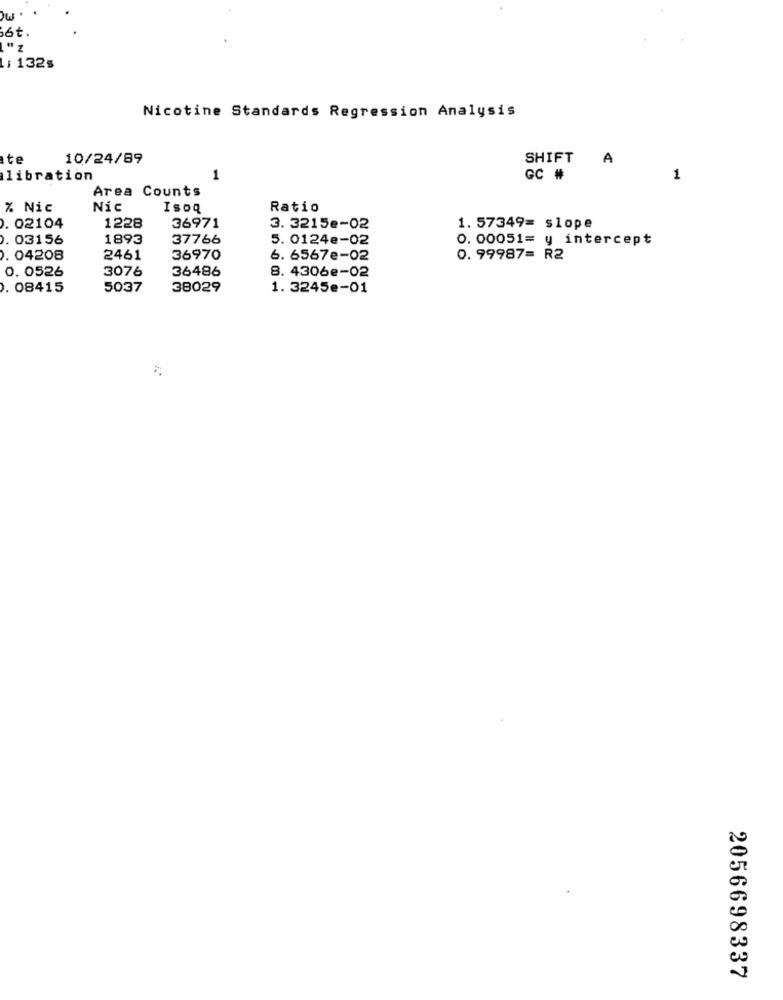
w .
16t.
L: 132s
Nicotine Standards Regression Analysis
te
10/24/89
SHIFT
A
libration
1
GC #
1
Area Counts
% Nic
Nic
Isoq
Ratio
1228
. 02104
36971
3. 3215e-02
1.57349= slope
. 03156
1893
37766
5. 0124e-02
0. 00051= y intercept
. 04208
2461
36970
6. 6567e-02
0. 99987= R2
0. 0526
3076
36486
8. 4306e-02
. 08415
5037
38029
1. 3245e-01
2056698337